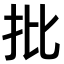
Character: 批